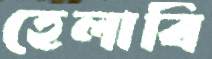
হেলাবি